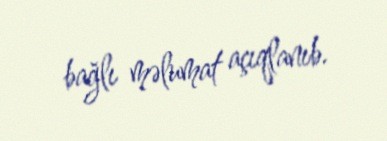
bağlı məlumat açıqlanıb.